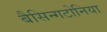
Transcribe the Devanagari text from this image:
बैसिन्गटोनिया